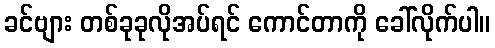
ခင်ဗျား တစ်ခုခုလိုအပ်ရင် ကောင်တာကို ခေါ်လိုက်ပါ။